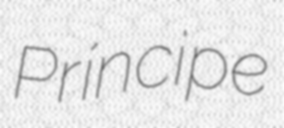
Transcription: Príncipe